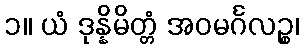
၁။ ယံ ဒုန္နိမိတ္တံ အဝမင်္ဂလဉ္စ၊